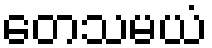
တေသမယံ